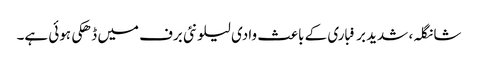
شانگلہ، شدید برفباری کے باعث وادی لیلونئی برف میں ڈھکی ہوئی ہے۔